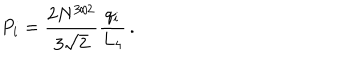
P _ { i } = \frac { 2 N ^ { 3 / 2 } } { 3 \sqrt { 2 } } \frac { q _ { i } } { L _ { 4 } } \, .